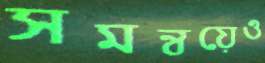
সমন্বয়েও